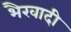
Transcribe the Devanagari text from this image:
भैरवादी